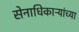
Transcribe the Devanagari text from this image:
सेनाधिकाऱ्यांच्या